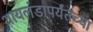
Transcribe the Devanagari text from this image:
थायलंडापर्यंतच्या